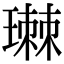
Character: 㻷